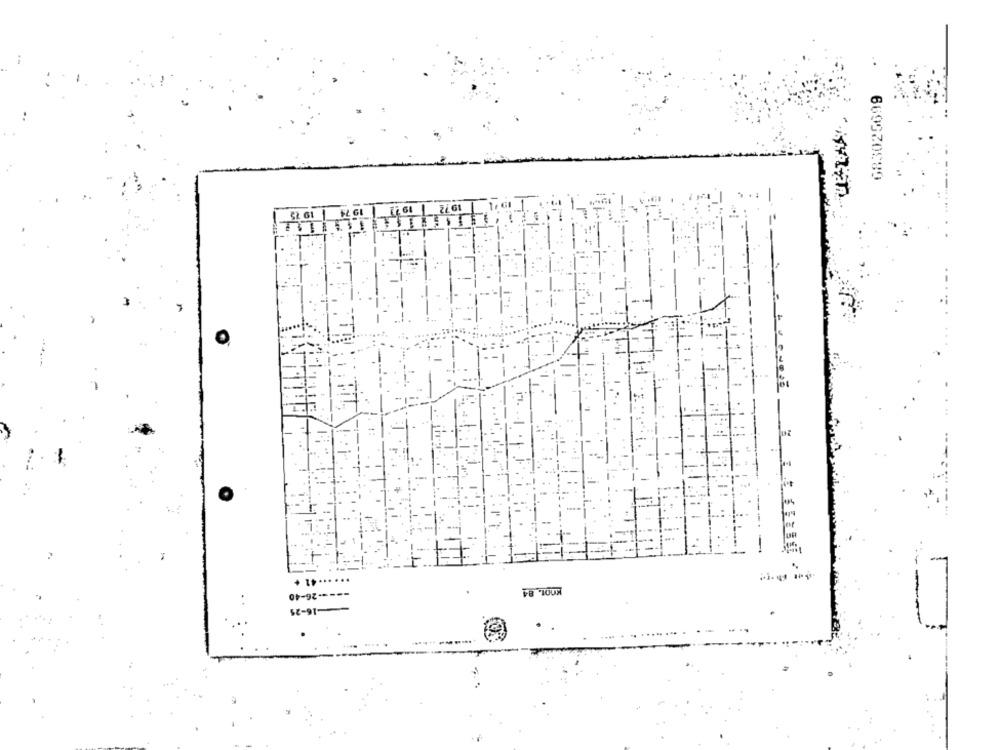
669970989
7/ 61
Kno1. 84
.- 26-40
. .
-16-25